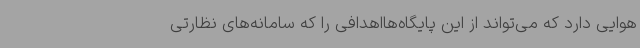
هوایی دارد که می‌تواند از این پایگاه‌هااهدافی را که سامانه‌های نظارتی